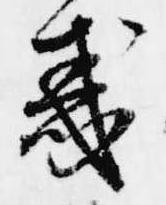
惑